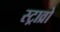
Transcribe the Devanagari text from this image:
स्ट्राव्रो